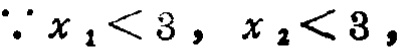
\(\because x_{1}<3,\ x_{2}<3,\)